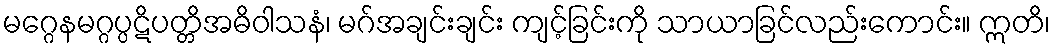
မဂ္ဂေနမဂ္ဂပ္ပဋိပတ္တိအဓိဝါသနံ၊ မဂ်အချင်းချင်း ကျင့်ခြင်းကို သာယာခြင်လည်းကောင်း။ ဣတိ၊